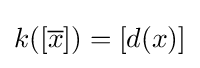
k([{\overline {x}}])=[d(x)]